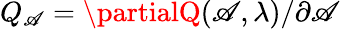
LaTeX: Q_{\mathscr{A}}=\partialQ(\mathscr{A},\lambda)/\partial\mathscr{A}